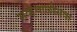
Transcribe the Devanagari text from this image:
सव्हेचाळीसवा